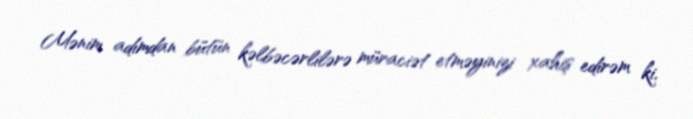
Mənim adımdan bütün kəlbəcərlilərə müraciət etməyinizi xahiş edirəm ki,